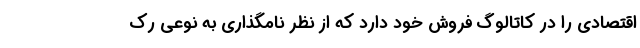
اقتصادی را در کاتالوگ فروش خود دارد که از نظر نامگذاری به نوعی رک